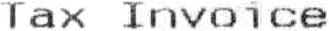
TAX INVOICE